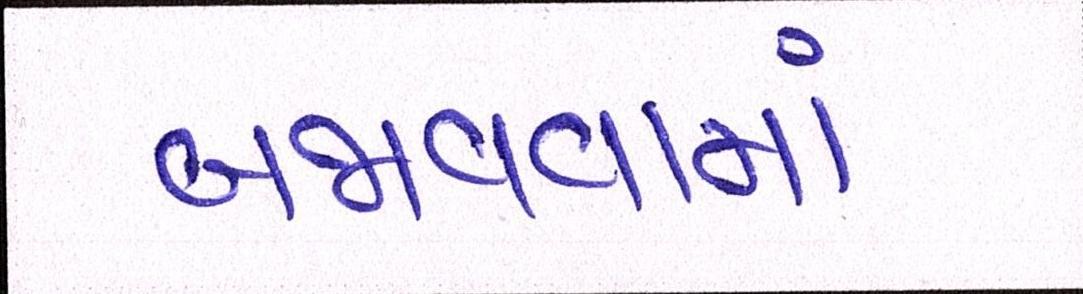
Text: બજાવવામાં